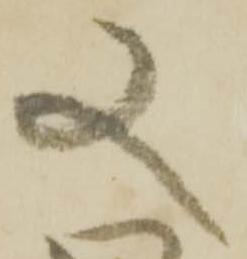
又